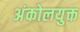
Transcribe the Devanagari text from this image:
अंकोलयुक्त